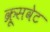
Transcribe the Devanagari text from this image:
क्रूसवेट